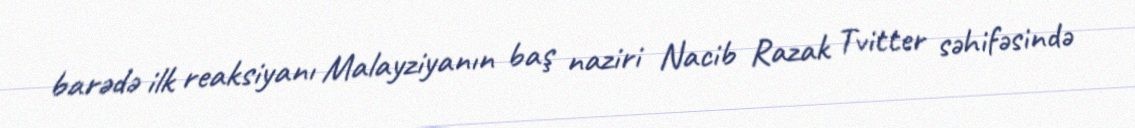
barədə ilk reaksiyanı Malayziyanın baş naziri Nacib Razak Tvitter səhifəsində